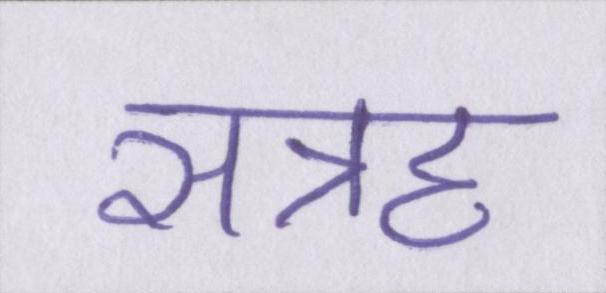
सत्रह